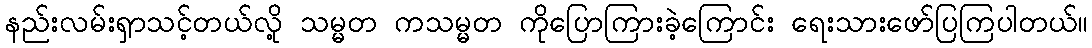
နည်းလမ်းရှာသင့်တယ်လို့ သမ္မတ ကသမ္မတ ကိုပြောကြားခဲ့ကြောင်း ရေးသားဖော်ပြကြပါတယ်။